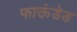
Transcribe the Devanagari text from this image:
फाऊंडेड